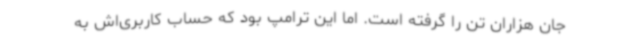
جان هزاران تن را گرفته است. اما این ترامپ بود که حساب کاربری‌اش به